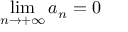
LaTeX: \operatorname* { l i m } _ { n \rightarrow + \infty } a _ { n } = 0